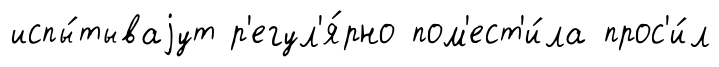
испы́тываjут р'егул'я́рно пом'ест'и́ла прос'и́л